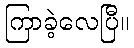
ကြာခဲ့လေပြီ။